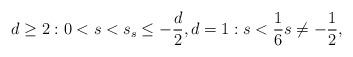
LaTeX: \begin{align*} d \geq 2: 0 < s < s_ s \leq - \frac d2, d = 1: s < \frac 16 s \ne - \frac 12, \end{align*}